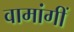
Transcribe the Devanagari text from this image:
वामांगीं